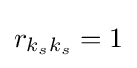
r_{k_{s}k_{s}}=1